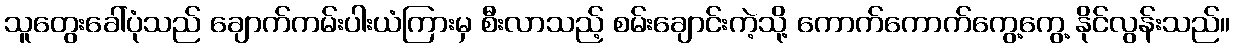
သူတွေးခေါ်ပုံသည် ချောက်ကမ်းပါးယံကြားမှ စီးလာသည့် စမ်းချောင်းကဲ့သို့ ကောက်ကောက်ကွေ့ကွေ့ နိုင်လွန်းသည်။